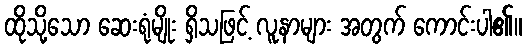
ထိုသို့သော ဆေးရုံမျိုး ရှိသဖြင့် လူနာများ အတွက် ကောင်းပါ၏။